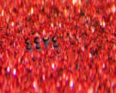
٤٤٢٤